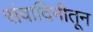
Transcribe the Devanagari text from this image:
संवादिनीतून